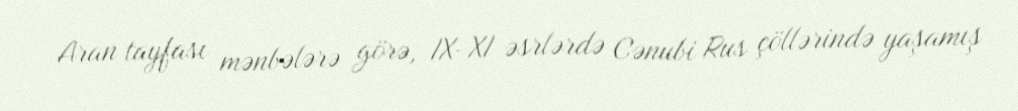
Aran tayfası mənbələrə görə, IX-XI əsrlərdə Cənubi Rus çöllərində yaşamış